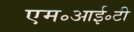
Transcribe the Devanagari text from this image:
एम॰आई॰टी